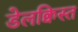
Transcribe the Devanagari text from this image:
डेलक्विस्त